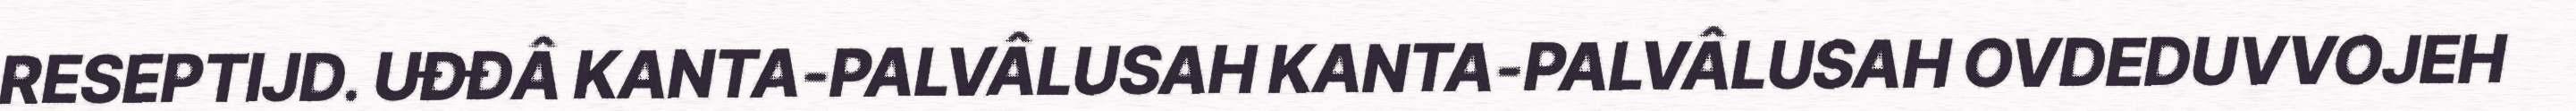
RESEPTIJD. UĐĐÂ KANTA-PALVÂLUSAH KANTA-PALVÂLUSAH OVDEDUVVOJEH